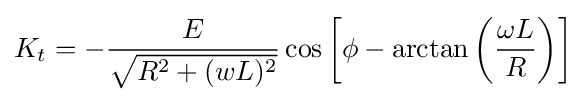
K_{t}=-{\frac {E}{\sqrt {{R^{2}}+{(wL)^{2}}}}}\cos \left[\phi -\arctan \left({\frac {\omega L}{R}}\right)\right]